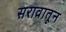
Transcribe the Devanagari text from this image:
सरावातून